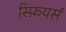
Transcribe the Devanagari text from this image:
स्फ़ियर्स